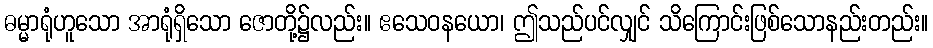
ဓမ္မာရုံဟူသော အာရုံရှိသော ဇောတို့၌လည်း။ ဧသေဝနယော၊ ဤသည်ပင်လျှင် သိကြောင်းဖြစ်သောနည်းတည်း။